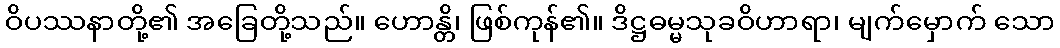
ဝိပဿနာတို့၏ အခြေတို့သည်။ ဟောန္တိ၊ ဖြစ်ကုန်၏။ ဒိဋ္ဌဓမ္မသုခဝိဟာရာ၊ မျက်မှောက် သော